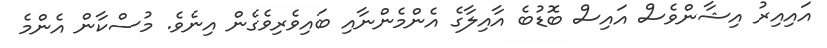
އައިއިރު އިޝާންވެސް އައިސް ބޮޑުބެ އާއިލާގެ އެންމެންނާއި ބައިވެރިވެގެން އިނެވެ. މުސްކާން އެންމެ